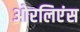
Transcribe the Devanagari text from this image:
ओरलिएंस